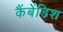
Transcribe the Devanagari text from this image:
कैंबेंडिश